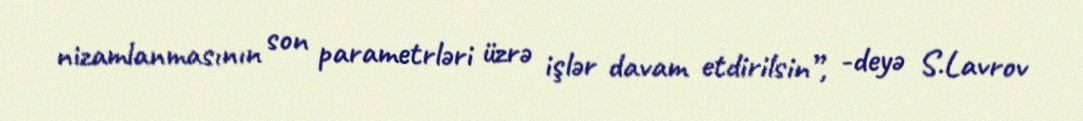
nizamlanmasının son parametrləri üzrə işlər davam etdirilsin”, -deyə S.Lavrov